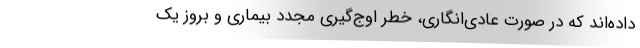
داده‌اند که در صورت عادی‌انگاری، خطر اوج‌گیری مجدد بیماری و بروز یک